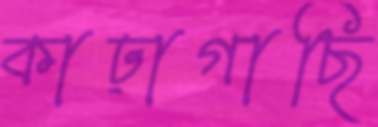
কাঢ়াগাছি